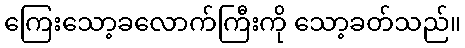
ကြေးသော့ခလောက်ကြီးကို သော့ခတ်သည်။